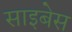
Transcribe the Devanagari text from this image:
साइबेस